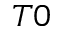
_ { T 0 }